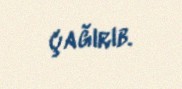
çağırıb.